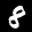
Label: 8